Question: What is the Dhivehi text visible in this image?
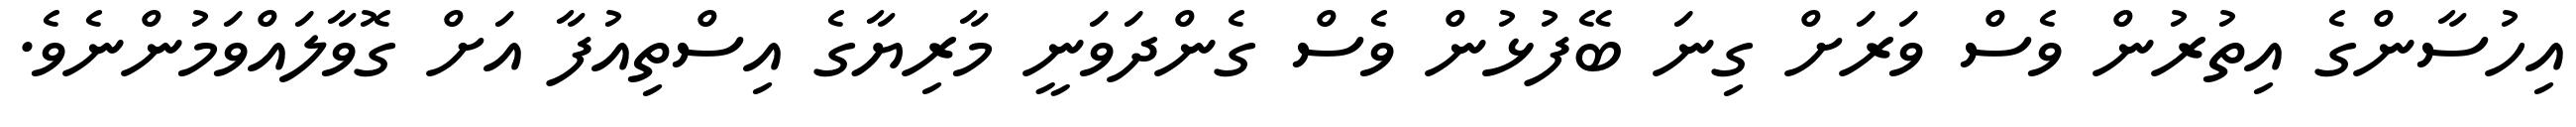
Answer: އިހުސާންގެ އިތުރުން ވެސް ވަރަށް ގިނަ ބޭފުޅުން ވެސް ގެންދަވަނީ މާރިޔާގެ އިސްތިއުފާ އަށް ގޮވާލައްވަމުންނެވެ.